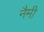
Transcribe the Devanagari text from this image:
नैमी